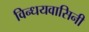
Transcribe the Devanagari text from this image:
विन्धयवासिनी